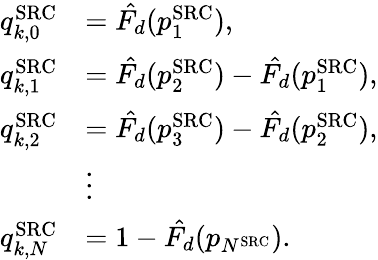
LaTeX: \begin{array}{rl}{q_{k,0}^{\mathrm{SRC}}}&{=\hat{F_{d}}(p_{1}^{\mathrm{SRC}}),}\\ {q_{k,1}^{\mathrm{SRC}}}&{=\hat{F_{d}}(p_{2}^{\mathrm{SRC}})-\hat{F_{d}}(p_{1}^{\mathrm{SRC}}),}\\ {q_{k,2}^{\mathrm{SRC}}}&{=\hat{F_{d}}(p_{3}^{\mathrm{SRC}})-\hat{F_{d}}(p_{2}^{\mathrm{SRC}}),}\\ &{\vdots}\\ {q_{k,N}^{\mathrm{SRC}}}&{=1-\hat{F_{d}}(p_{N^{\mathrm{SRC}}}).}\end{array}